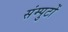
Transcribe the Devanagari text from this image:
संम्पुटों